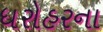
ધરોહરના